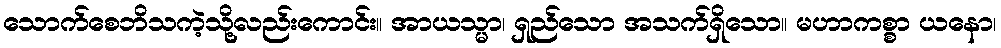
သောက်စေဘိသကဲ့သို့လည်းကောင်း။ အာယသ္မာ၊ ရှည်သော အသက်ရှိသော။ မဟာကစ္စာ ယနော၊